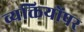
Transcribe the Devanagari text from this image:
व्यक्तियोंपर